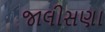
જાલીસણા